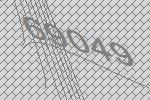
69049